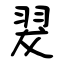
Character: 翇